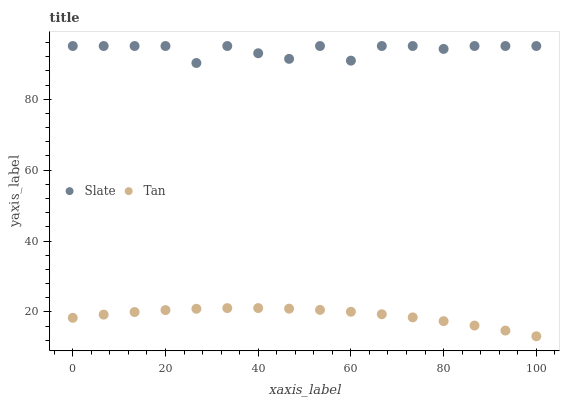
| xaxis_label | Slate | Tan |
 | --- | --- | --- |
 | 0 | 95 | 18.3 |
 | 6.67 | 95 | 19.3 |
 | 13.3 | 95 | 20 |
 | 20 | 95 | 20.5 |
 | 26.7 | 90.2 | 20.9 |
 | 33.3 | 95 | 21.1 |
 | 40 | 93 | 21.1 |
 | 46.7 | 91.4 | 20.9 |
 | 53.3 | 95 | 20.6 |
 | 60 | 90.9 | 20.1 |
 | 66.7 | 95 | 19.4 |
 | 73.3 | 95 | 18.5 |
 | 80 | 94.2 | 17.4 |
 | 86.7 | 95 | 16.2 |
 | 93.3 | 95 | 14.7 |
 | 100 | 95 | 13.1 |